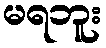
မရဘူး